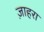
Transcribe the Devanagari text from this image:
ज़ाहरा